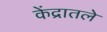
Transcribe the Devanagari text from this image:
केंद्रातले